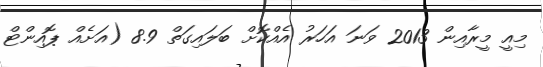
މިއީ މީރާއިން 2013 ވަނަ އަހަރު އެއްކޮށް ބަލައިގަތް 8.9 (އަށެއް ޕޮއިންޓް